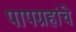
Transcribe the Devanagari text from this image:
पापग्रहांचे